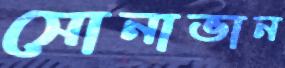
সোনাভান